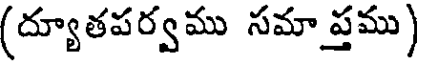
(ద్యూతపర్వము సమాప్తము)